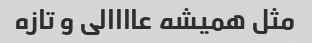
مثل همیشه عاااالی و تازه